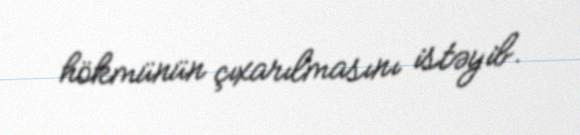
hökmünün çıxarılmasını istəyib.